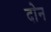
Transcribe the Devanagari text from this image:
दाेन